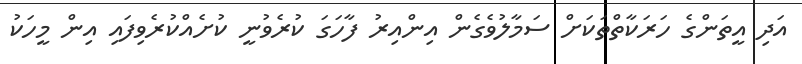
އަދި އީތަންގެ ހަރަކާތްތަކަށް ސަމާލުވެގެން އިންއިރު ފާހަގަ ކުރެވުނީ ކުށެއްކުރެވިފައި އިން މީހަކު